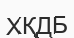
ХҚДБ